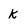
Character: k